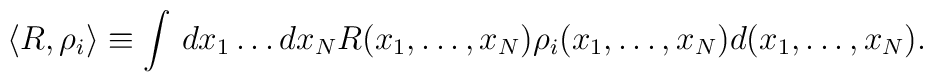
\langle R, \rho_i \rangle \equiv \int \, dx_1\dots dx_N R( x_1,\ldots,x_N) \rho_i( x_1,\ldots,x_N) d( x_1,\ldots,x_N).